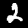
Digit: 2